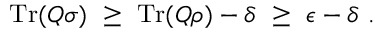
\operatorname { T r } ( Q \sigma ) ~ \geq ~ \operatorname { T r } ( Q \rho ) - \delta ~ \geq ~ \epsilon - \delta ~ .